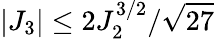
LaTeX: |J_{3}|\le 2J_{2}^{3/2}/\sqrt{27}